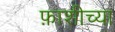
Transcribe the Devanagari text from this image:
फ़ाशीच्या